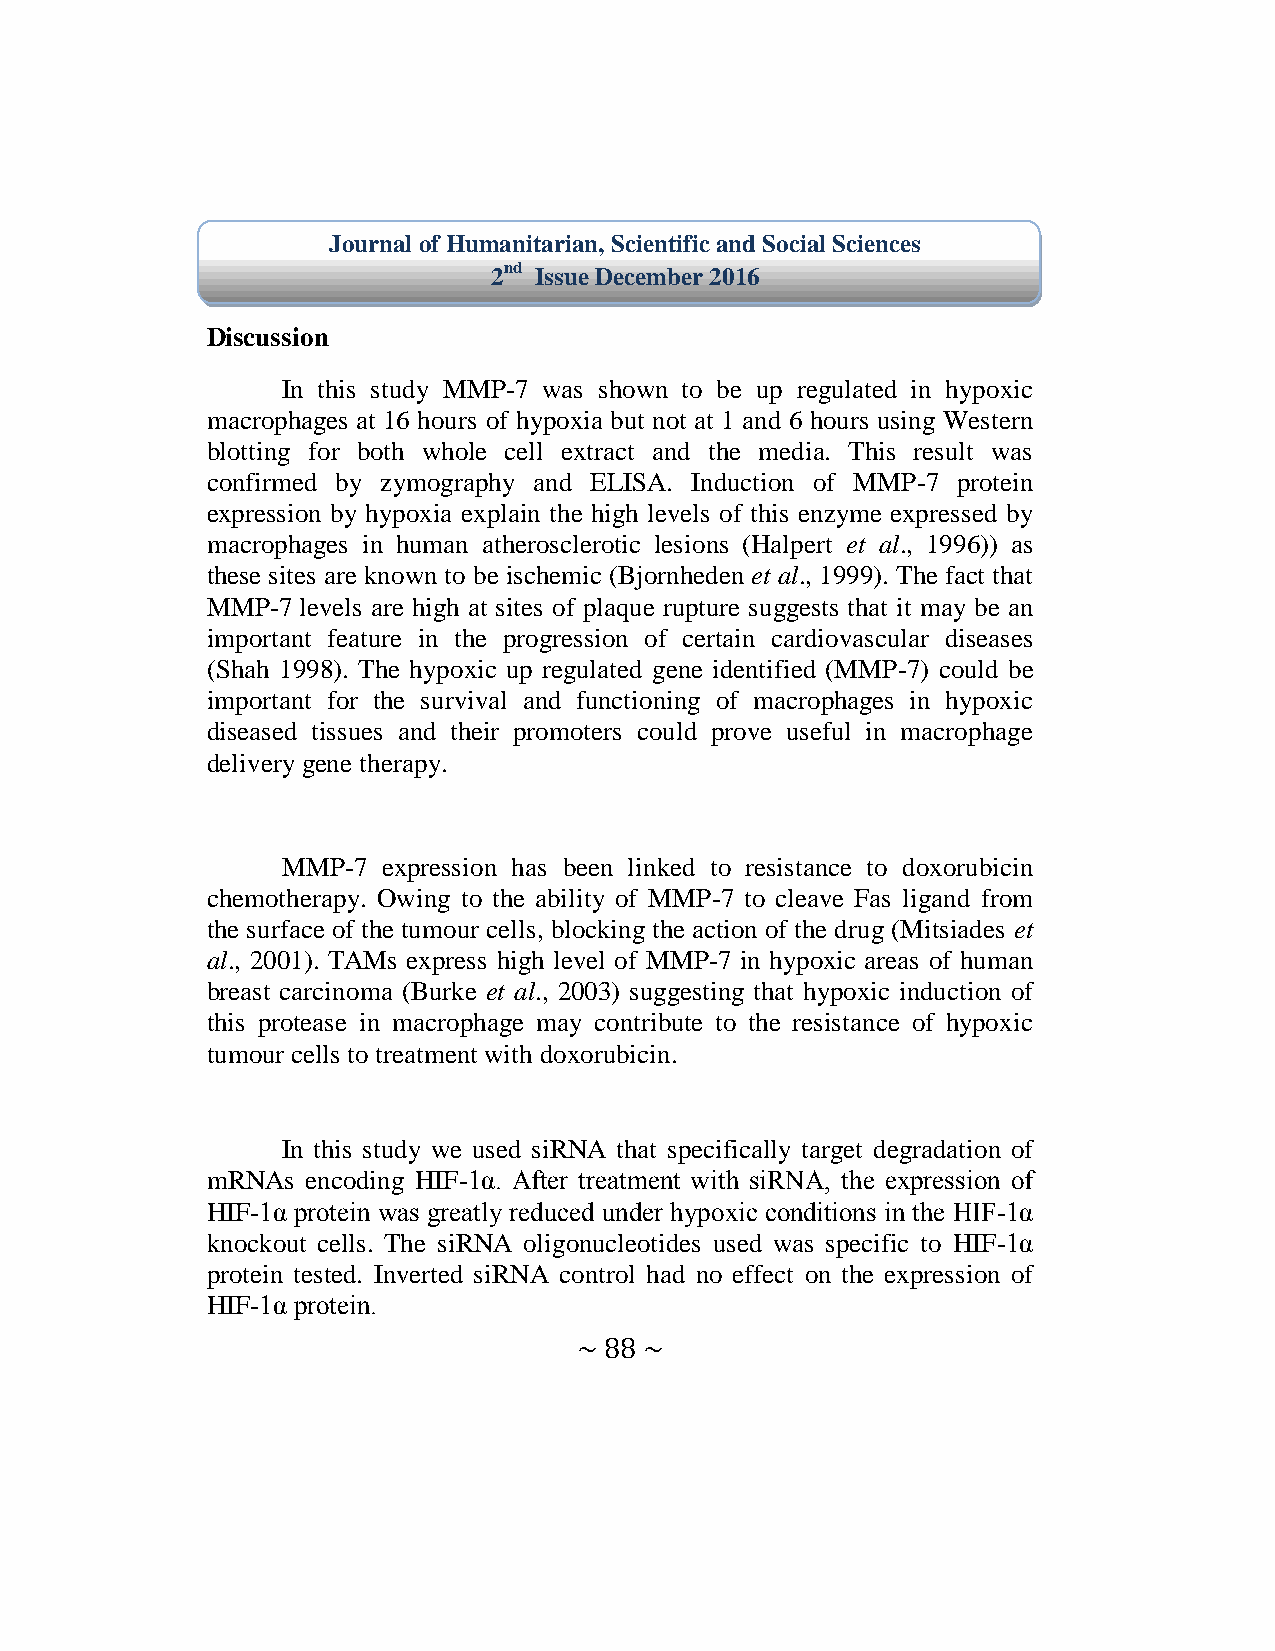
Journal of Humanitarian, Scientific and Social Sciences
 2nd Issue December 2016
 Discussion
 In this study MMP-7 was shown to be up regulated in hypoxic
 macrophages at 16 hours of hypoxia but not at 1 and 6 hours using Western
 blotting for both whole cell extract and the media. This result was
 confirmed by zymography and ELISA. Induction of MMP-7 protein
 expression by hypoxia explain the high levels of this enzyme expressed by
 macrophages in human atherosclerotic lesions (Halpert et al., 1996)) as
 these sites are known to be ischemic (Bjornheden et al., 1999). The fact that
 MMP-7 levels are high at sites of plaque rupture suggests that it may be an
 important feature in the progression of certain cardiovascular diseases
 (Shah 1998). The hypoxic up regulated gene identified (MMP-7) could be
 important for the survival and functioning of macrophages in hypoxic
 diseased tissues and their promoters could prove useful in macrophage
 delivery gene therapy.
 MMP-7 expression has been linked to resistance to doxorubicin
 chemotherapy. Owing to the ability of MMP-7 to cleave Fas ligand from
 the surface of the tumour cells, blocking the action of the drug (Mitsiades et
 al., 2001). TAMs express high level of MMP-7 in hypoxic areas of human
 breast carcinoma (Burke et al., 2003) suggesting that hypoxic induction of
 this protease in macrophage may contribute to the resistance of hypoxic
 tumour cells to treatment with doxorubicin.
 In this study we used siRNA that specifically target degradation of
 mRNAs encoding HIF-1α. After treatment with siRNA the expression of
 HIF-1α protein was greatly reduced under hypoxic conditions in the HIF-1α
 knockout cells. The siRNA oligonucleotides used was specific to HIF-1α
 protein tested. Inverted siRNA control had no effect on the expression of
 HIF-1α protein.
 ~ 88 ~